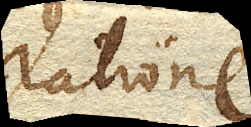
ratione.